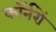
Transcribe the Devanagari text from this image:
कॉर्नरों